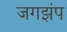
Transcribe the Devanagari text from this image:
जगझंप